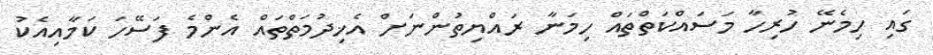
ގައި ހިމެނޭ ހުރިހާ މަސައްކަތްތައް ހިމަނާ ރައްޔިތުންނަށް އެޚިދުމަތްތައް އެންމެ ފަސޭހަ ކަމާއިއެކު